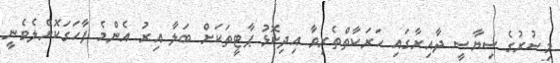
މިސުރުގެ ސިޔާސީ ދާއިރާގައި ޙަރަކާތްތެރިވާ އިދިކޮޅު ޕާޓީތަކަށް ބަލާ އިރު އެންމެ ފާހަގަކޮށްލެވެނީ